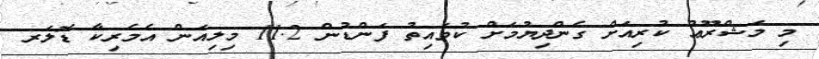
މި މަޝްރޫޢު ކުރިއަށް ގެންދިޔުމަށް ކުވައިތު ފަންޑުން 11.2 މިލިއަން އެމެރިކާ ޑޮލަރ